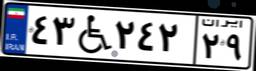
۴۳W۲۴۲۲۹